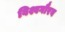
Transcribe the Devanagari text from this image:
विश्वगौरव